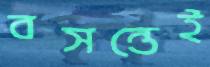
বসন্তেই